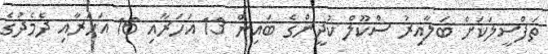
ތަފްސީލަކަށް ބަލާއިރު ސްކޫލް ކުދީންގެ ބައިން 13 އަހަރާއި 16 އަހަރާއި ދެމެދުގެ